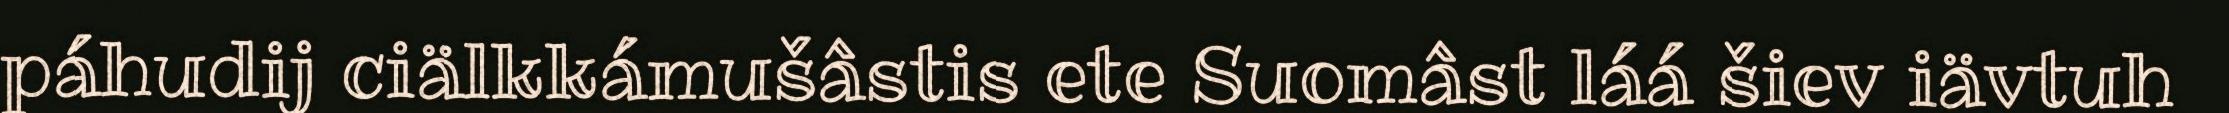
páhudij ciälkkámušâstis ete Suomâst láá šiev iävtuh